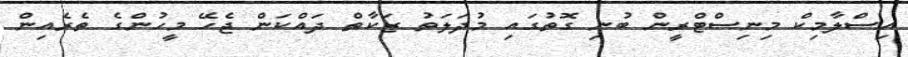
އިސްލާމިކް މިނިސްޓްރީން ބުނި ގޮތުގައި މުދަލަތު ޒަކާތް ދައްކަން ޖެހޭ މީހުންގެ ތެރެއިން